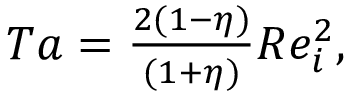
\begin{array} { r } { T a = \frac { 2 ( 1 - \eta ) } { ( 1 + \eta ) } R e _ { i } ^ { 2 } , } \end{array}